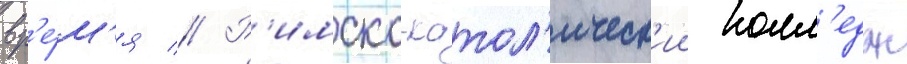
вр'е́м'я // Р'имско-катол'ическ'ии колл'едж